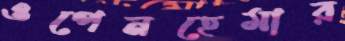
ওপেনহেমার